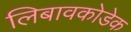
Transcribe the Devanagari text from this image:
लिबावकोडेक